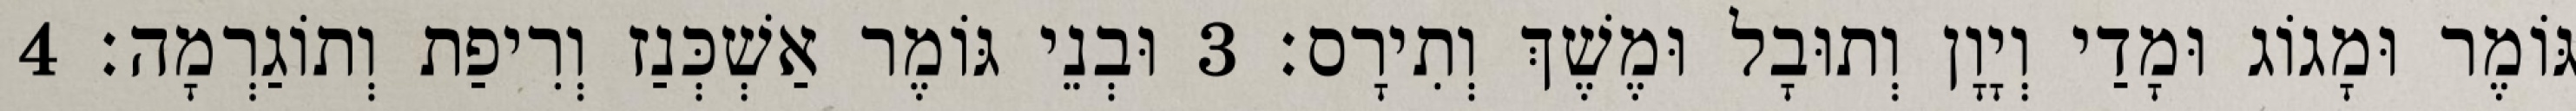
גּוֹמֶר וּמָגוֹג וּמָדַי וְיָוָן וְתוּבָל וּמֶשֶׁךְ וְתִירָס׃ 3 וּבְנֵי גּוֹמֶר אַשְׁכְּנַז וְרִיפַת וְתוֹגַרְמָה׃ 4